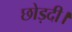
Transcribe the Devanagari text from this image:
छोड़दी।